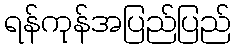
ရန်ကုန်အပြည်ပြည်